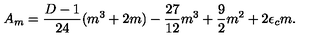
A _ { m } = \frac { D - 1 } { 2 4 } ( m ^ { 3 } + 2 m ) - \frac { 2 7 } { 1 2 } m ^ { 3 } + \frac { 9 } { 2 } m ^ { 2 } + 2 \epsilon _ { c } m .